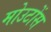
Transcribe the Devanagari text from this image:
मोउटोंस